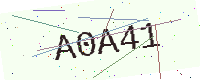
Text: A0A41